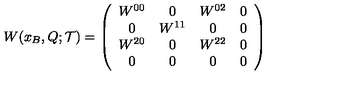
W ( x _ { B } , Q ; { \mathcal T } ) = \left( \begin{array} { c c c c } { W ^ { 0 0 } } & { 0 } & { W ^ { 0 2 } } & { 0 } \\ { 0 } & { W ^ { 1 1 } } & { 0 } & { 0 } \\ { W ^ { 2 0 } } & { 0 } & { W ^ { 2 2 } } & { 0 } \\ { 0 } & { 0 } & { 0 } & { 0 } \\ \end{array} \right)